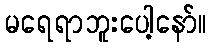
မရေရာဘူးပေါ့နော်။